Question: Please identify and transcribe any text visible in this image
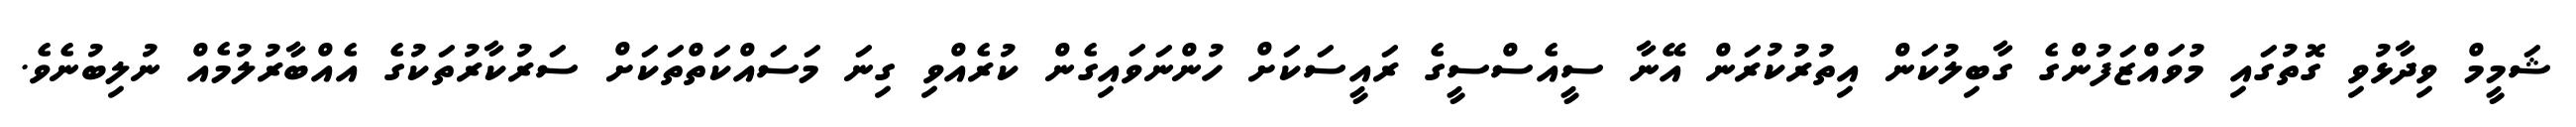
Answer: ޝަމީމް ވިދާޅުވި ގޮތުގައި މުވައްޒަފުންގެ ގާބިލުކަން އިތުރުކުރަން އޭނާ ސީއެސްސީގެ ރައީސަކަށް ހުންނަވައިގެން ކުރެއްވި ގިނަ މަސައްކަތްތަކަށް ސަރުކާރުތަކުގެ އެއްބާރުލުމެއް ނުލިބުނެވެ.